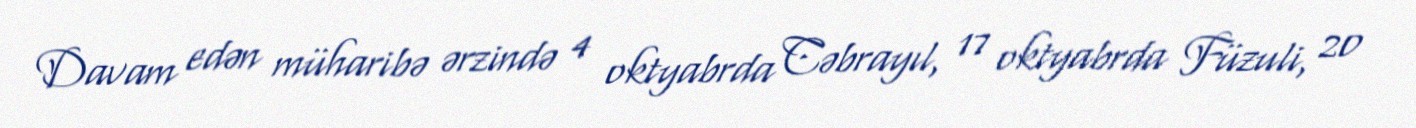
Davam edən müharibə ərzində 4 oktyabrda Cəbrayıl, 17 oktyabrda Füzuli, 20